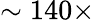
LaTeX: \sim 140\times